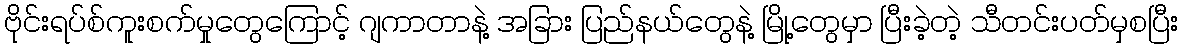
ဗိုင်းရပ်စ်ကူးစက်မှုတွေကြောင့် ဂျကာတာနဲ့ အခြား ပြည်နယ်တွေနဲ့ မြို့တွေမှာ ပြီးခဲ့တဲ့ သီတင်းပတ်မှစပြီး